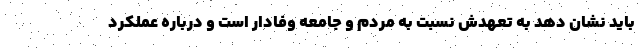
باید نشان دهد به تعهدش نسبت به مردم و جامعه وفادار است و درباره عملکرد